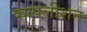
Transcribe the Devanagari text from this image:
कम्पलीशन